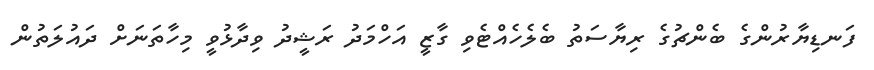
ފަނޑިޔާރުންގެ ބެންޗުގެ ރިޔާސަތު ބެލެހެއްޓެވި ގާޒީ އަހްމަދު ރަޝީދު ވިދާޅުވީ މިހާތަނަށް ދައުލަތުން